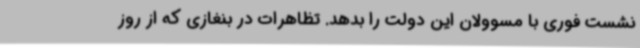
نشست فوری با مسوولان این دولت را بدهد. تظاهرات در بنغازی که از روز